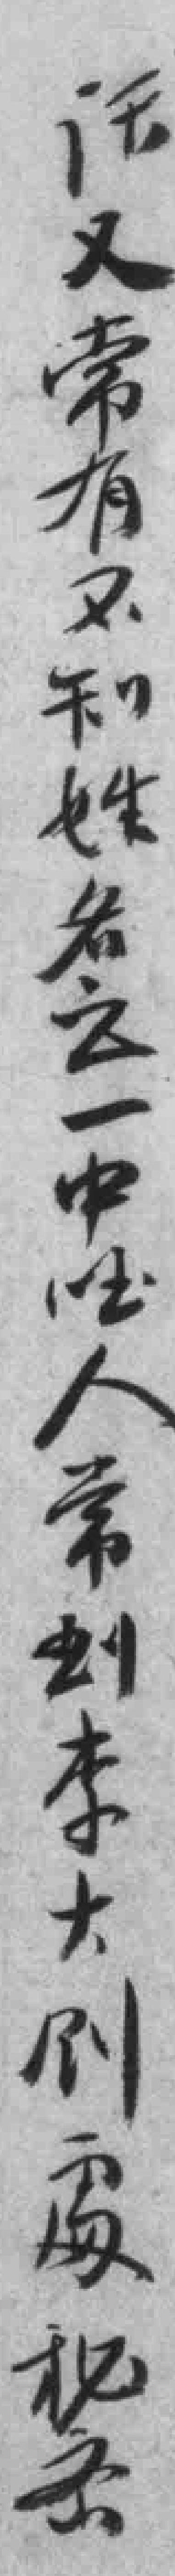
话又常有不知姓名之一中*人常到李大釗處秘密